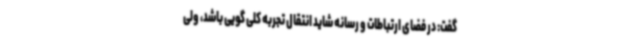
گفت: در فضای ارتباطات و رسانه شاید انتقال تجربه کلی گویی باشد، ولی